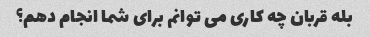
بله قربان چه کاری می توانم برای شما انجام دهم؟